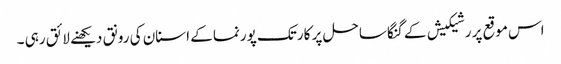
اس موقع پر رشیکیش کے گنگا ساحل پر کارتک پورنما کے اسنان کی رونق دیکھنے لائق رہی ۔